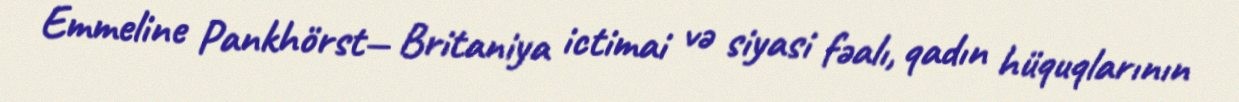
Emmeline Pankhörst— Britaniya ictimai və siyasi fəalı, qadın hüquqlarının